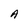
Character: A